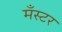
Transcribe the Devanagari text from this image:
मँस्टर